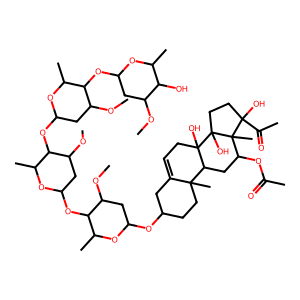
SMILES: COC1CC(OC2C(C)OC(OC3C(C)OC(OC4C(C)OC(OC5CCC6(C)C(=CCC7(O)C6CC(OC(C)=O)C6(C)C(O)(C(C)=O)CCC76O)C5)CC4OC)CC3OC)CC2OC)OC(C)C1O
Inhibits HIV replication: No